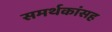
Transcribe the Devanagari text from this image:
समर्थकांसह